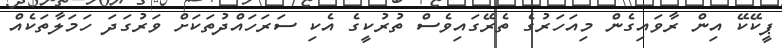
ޕީކޭކޭ އިން ރާވައިގެން މިއަހަރުގެ ތެރޭގައިވެސް ތުރުކީގެ އެކި ސަރަހައްދުތަކަށް ވަރުގަދަ ހަމަލާތަކެއް